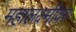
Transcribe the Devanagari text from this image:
महालक्ष्मीवर